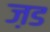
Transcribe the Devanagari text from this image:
ज़ड